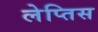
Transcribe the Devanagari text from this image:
लेप्तिस